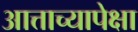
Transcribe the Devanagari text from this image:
आत्ताच्यापेक्षा